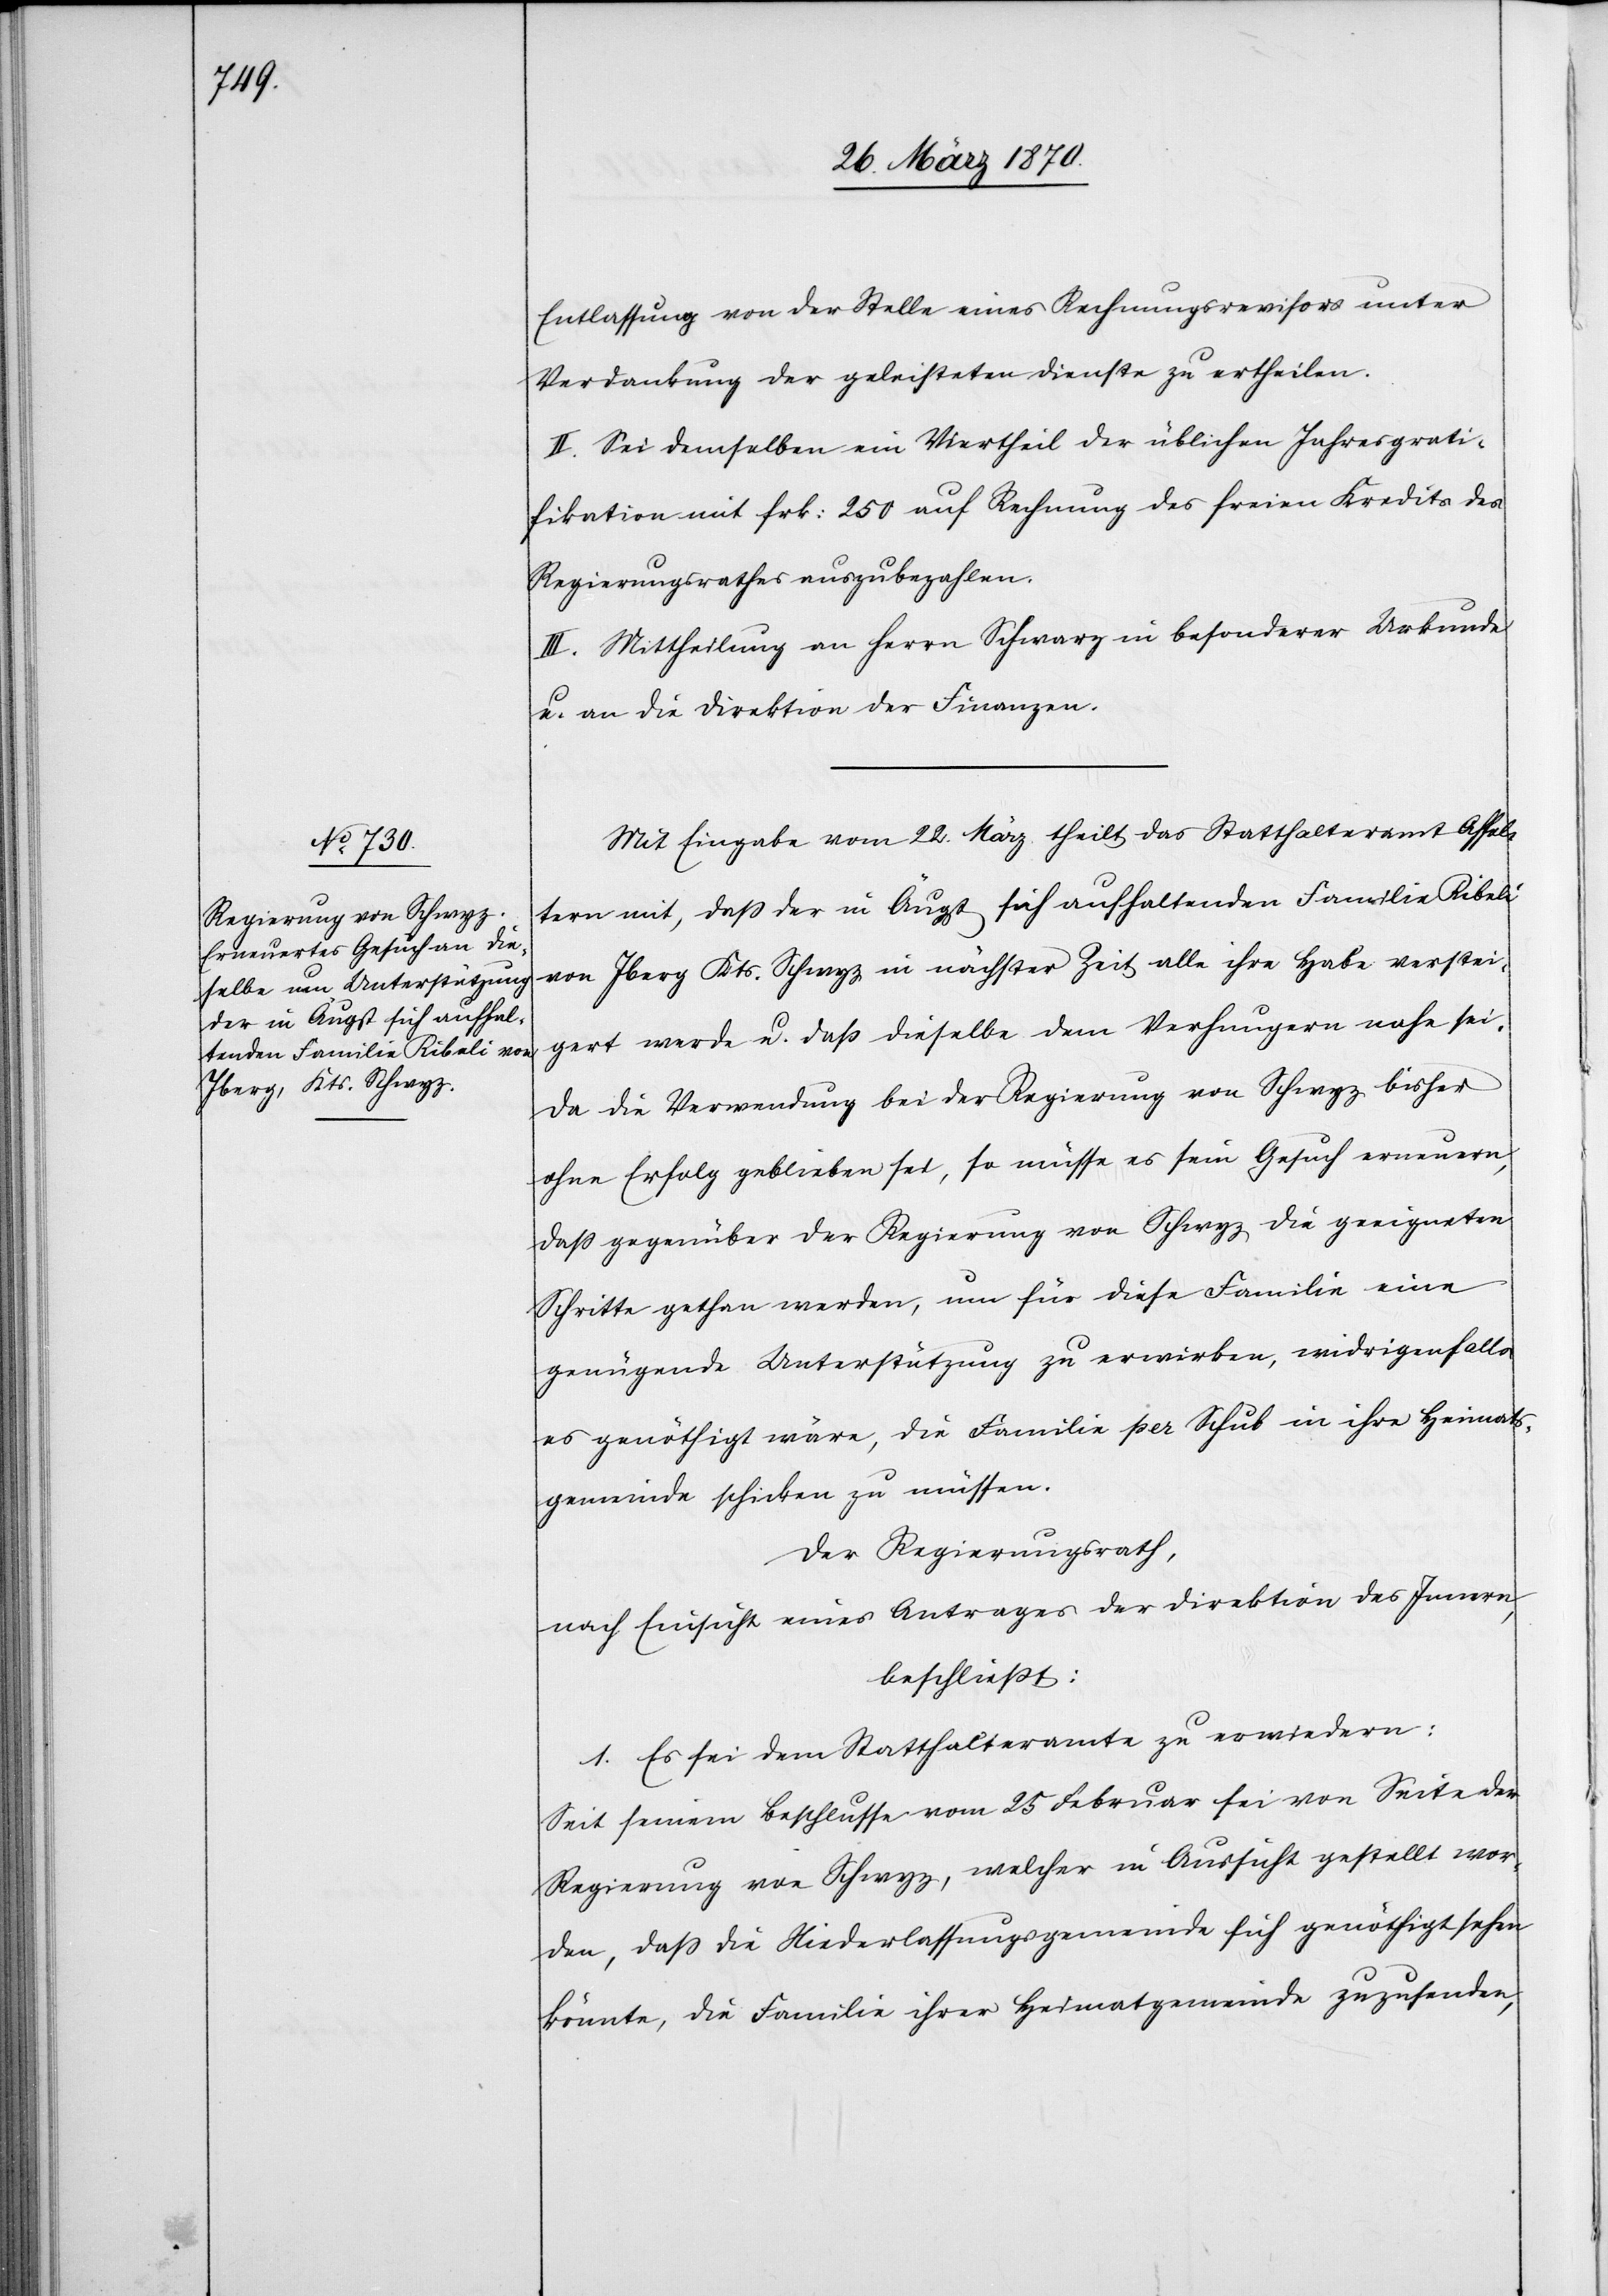
Entlassung von der Stelle eines Rechnungsrevisors unter
Verdankung der geleisteten Dienste zu ertheilen.
II. Sei demselben ein Viertheil der üblichen Jahresgrati¬
fikation mit frk: 250 auf Rechnung des freien Kredits des
Regierungsrathes auszubezahlen.
III. Mittheilung an Herrn Schwarz in besonderer Urkunde
u. an die Direktion der Finanzen.
Mit Eingabe vom 22. März theilt das Statthalteramt Affol¬
tern mit, daß der in Äugst sich aufhaltenden Familie Ribeli
von Iberg Kts. Schwyz in nächster Zeit alle ihre Habe verstei¬
gert werde u. daß dieselbe dem Verhungern nahe sei.
Da die Verwendung bei der Regierung von Schwyz bisher
ohne Erfolg geblieben sei, so müsse es sein Gesuch erneuern,
daß gegenüber der Regierung von Schwyz die geeigneten
Schritte gethan werden, um für diese Familie eine
genügende Unterstützung zu erwirken, widrigenfalls
es genöthigt wäre, die Familie per Schub in ihre Heimats¬
gemeinde schicken zu müssen.
Der Regierungsrath,
nach Einsicht eines Antrages der Direktion des Innern,
beschließt:
1. Es sei dem Statthalteramte zu erwiedern:
Seit seinem Beschlusse vom 25 Februar sei von Seite der
Regierung von Schwyz, welcher in Aussicht gestellt wor¬
den war, daß die Niederlassungsgemeinde sich genöthigt sehen
könnte, die Familie ihrer Heimatgemeinde zuzusenden,